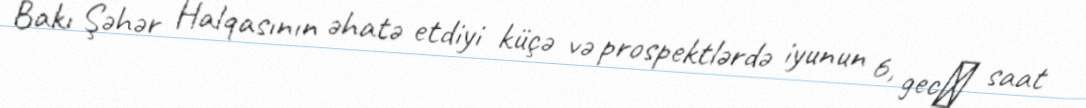
Bakı Şəhər Halqasının əhatə etdiyi küçə və prospektlərdə iyunun 6, gecǝ saat